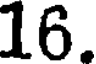
16.